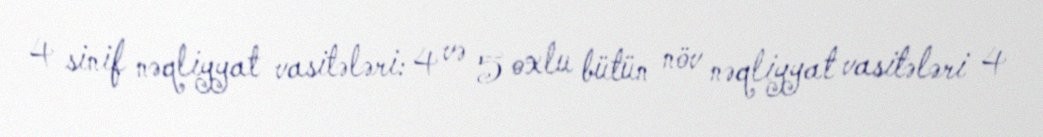
4 sinif nəqliyyat vasitələri: 4 və 5 oxlu bütün növ nəqliyyat vasitələri 4